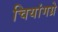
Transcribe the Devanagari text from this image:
चियांगग्रे